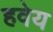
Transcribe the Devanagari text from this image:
हवेय